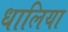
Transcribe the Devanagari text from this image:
धालिया